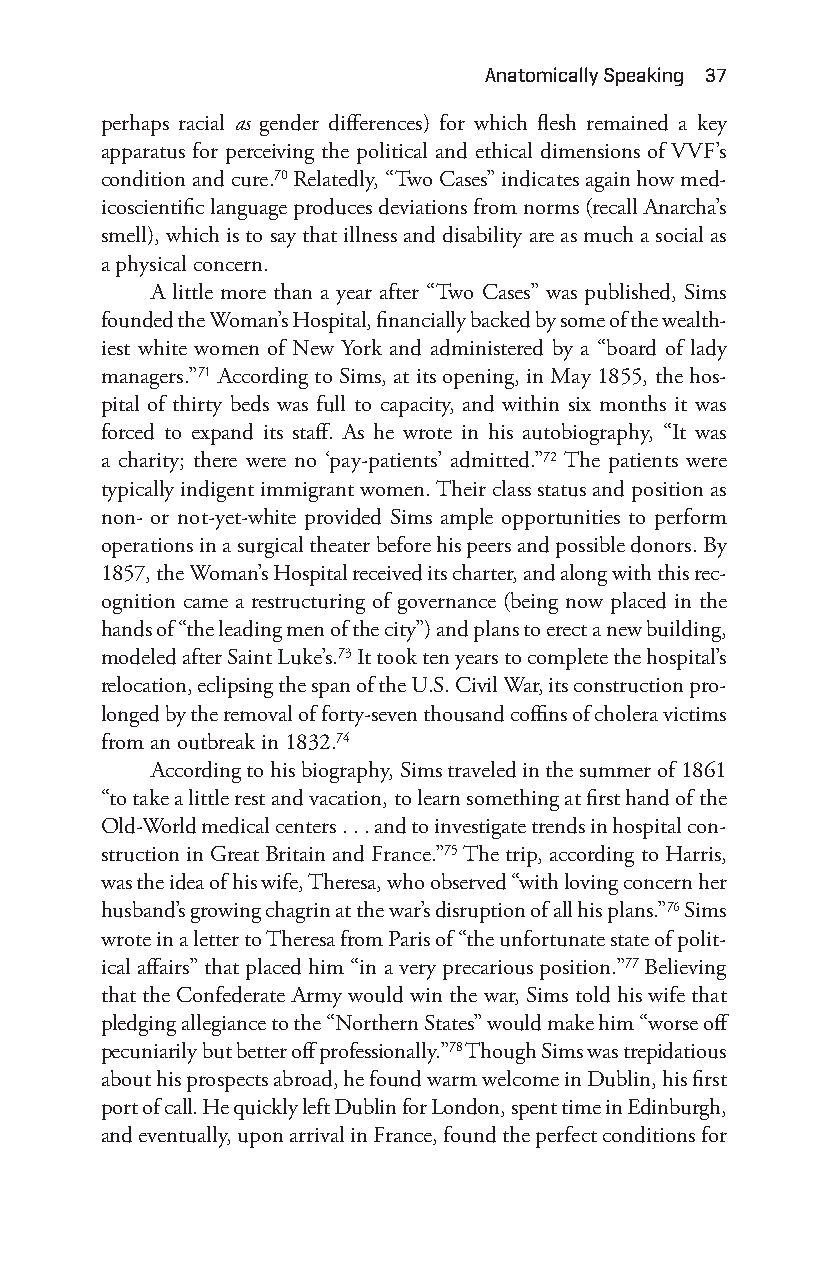
anatomically Speaking 37
 perhaps racial as gender differences) for which flesh remained a key
 apparatus for perceiving the political and ethical dimensions of VVF’s
 condition and cure.70 Relatedly, “Two Cases” indicates again how med-
 icoscientific language produces deviations from norms (recall Anarcha’s
 smell), which is to say that illness and disability are as much a social as
 a physical concern.
 A little more than a year after “Two Cases” was published, Sims
 founded the Woman’s Hospital, financially backed by some of the wealth-
 iest white women of New York and administered by a “board of lady
 managers.”71 According to Sims, at its opening, in May 1855, the hos-
 pital of thirty beds was full to capacity, and within six months it was
 forced to expand its staff. As he wrote in his autobiography, “It was
 a charity; there were no ‘pay- patients’ admitted.”72 The patients were
 typically indigent immigrant women. Their class status and position as
 non- or not- yet- white provided Sims ample opportunities to perform
 operations in a surgical theater before his peers and possible donors. By
 1857, the Woman’s Hospital received its charter, and along with this rec-
 ognition came a restructuring of governance (being now placed in the
 hands of “the leading men of the city”) and plans to erect a new building,
 modeled after Saint Luke’s.73 It took ten years to complete the hospital’s
 relocation, eclipsing the span of the U.S. Civil War, its construction pro-
 longed by the removal of forty- seven thousand coffins of cholera victims
 from an outbreak in 1832.74
 According to his biography, Sims traveled in the summer of 1861
 “to take a little rest and vacation, to learn something at first hand of the
 Old- World medical centers . . . and to investigate trends in hospital con-
 struction in Great Britain and France.”75 The trip, according to Harris,
 was the idea of his wife, Theresa, who observed “with loving concern her
 husband’s growing chagrin at the war’s disruption of all his plans.”76 Sims
 wrote in a letter to Theresa from Paris of “the unfortunate state of polit-
 ical affairs” that placed him “in a very precarious position.”77 Believing
 that the Confederate Army would win the war, Sims told his wife that
 pledging allegiance to the “Northern States” would make him “worse off
 pecuniarily but better off professionally.”78 Though Sims was trepidatious
 about his prospects abroad, he found warm welcome in Dublin, his first
 port of call. He quickly left Dublin for London, spent time in Edinburgh,
 and eventually, upon arrival in France, found the perfect conditions for
 Snorton.indd 37                             29/09/2017 8:40:58 AM